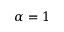
\alpha = 1